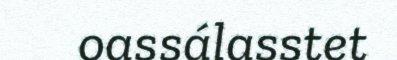
oassálasstet